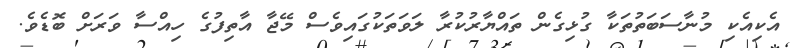
އެކިއެކި މުނާސަބަތުތަކާ ގުޅިގެން ތައްޔާރުކުރާ ލަވަތަކުގައިވެސް މޭޖާ އާތިފުގެ ހިއްސާ ވަރަށް ބޮޑެވެ.